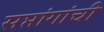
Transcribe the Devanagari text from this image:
सप्तांगांची